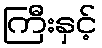
ကြီးနှင့်